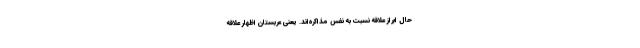
حال ابراز علاقه‌ نسبت به نفس مذاکره‌اند. یعنی عربستان اظهار علاقه